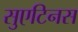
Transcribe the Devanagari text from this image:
सुएटिनस